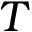
T